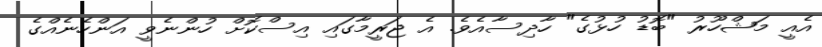
އެއީ މަޝްހޫރު "ބޮޑު ހުޅުގެ" ހާދިސާއެވެ. އެ ޖަރީމާގައި އިސްކޮށް ހުންނެވީ އަންހެނެއްގެ